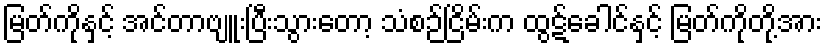
မြတ်ကိုနှင့် အင်တာဗျူးပြီးသွားတော့ သံစဉ်ငြိမ်းက ထွဋ်ခေါင်နှင့် မြတ်ကိုတို့အား